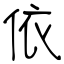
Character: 依